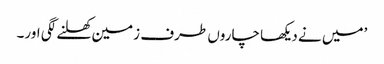
’میں نے دیکھا چاروں طرف زمین کھلنے لگی اور۔